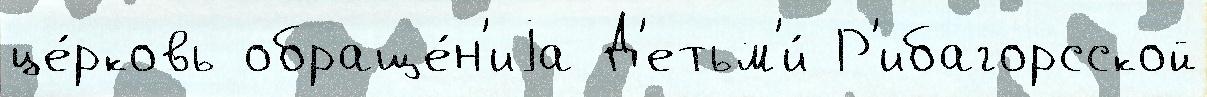
це́рковь обраще́н'иjа Д'етьм'и́ Р'ибагорсской